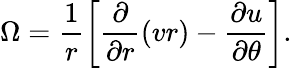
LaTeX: \Omega=\frac{1}{r}\left[\frac{\partial}{\partial r}(vr)-\frac{\partial u}{\partial\theta}\right].